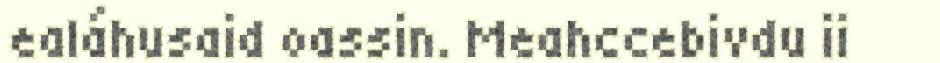
ealáhusaid oassin. Meahccebivdu ii